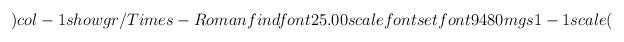
LaTeX: \begin{align*}) col-1 show gr/Times-Roman findfont 25.00 scalefont setfont94 80 mgs 1 -1 scale (\end{align*}